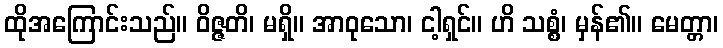
ထိုအကြောင်းသည်။ ဝိဇ္ဇတိ၊ မရှိ။ အာဝုသော၊ ငါ့ရှင်။ ဟိ သစ္စံ၊ မှန်၏။ မေတ္တာ၊